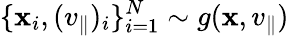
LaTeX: \{ \mathbf{x}_{i},(v_{\parallel})_{i}\} _{i=1}^{N}\sim g(\mathbf{x},v_{\parallel})